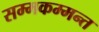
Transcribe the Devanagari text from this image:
सम्मकम्मन्त